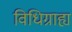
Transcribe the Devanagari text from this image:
विधिग्राह्य